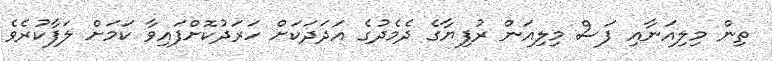
ތިން މިލިއަނާއި ފަސް މިލިއަން ރުފިޔާގެ ދެމެދުގެ އަދަދަކަށް ހަރަދުކޮށްފައިވާ ކަމަށް ލަފާކުރެވެ